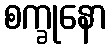
စက္ခုနော